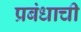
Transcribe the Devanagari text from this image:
प्रबंधाची